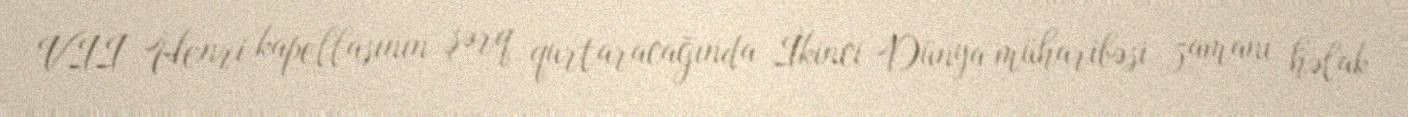
VII Henri kapellasının şərq qurtaracağında İkinci Dünya müharibəsi zamanı həlak